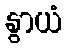
နွာယံ